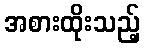
အစားထိုးသည့်